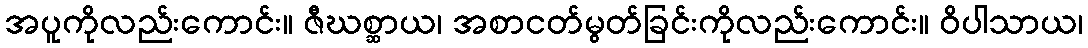
အပူကိုလည်းကောင်း။ ဇီဃစ္ဆာယ၊ အစာငတ်မွတ်ခြင်းကိုလည်းကောင်း။ ဝိပါသာယ၊